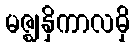
မဇ္ဈနှိကာလမှိ